Bréfritari: Sigurbjörg Einarsdóttir
Viðtakandi: Jón Borgfirðings Jónsson
Dagsetning: A-1880-08-12
Skrifað á: Akureyri  Eyf.

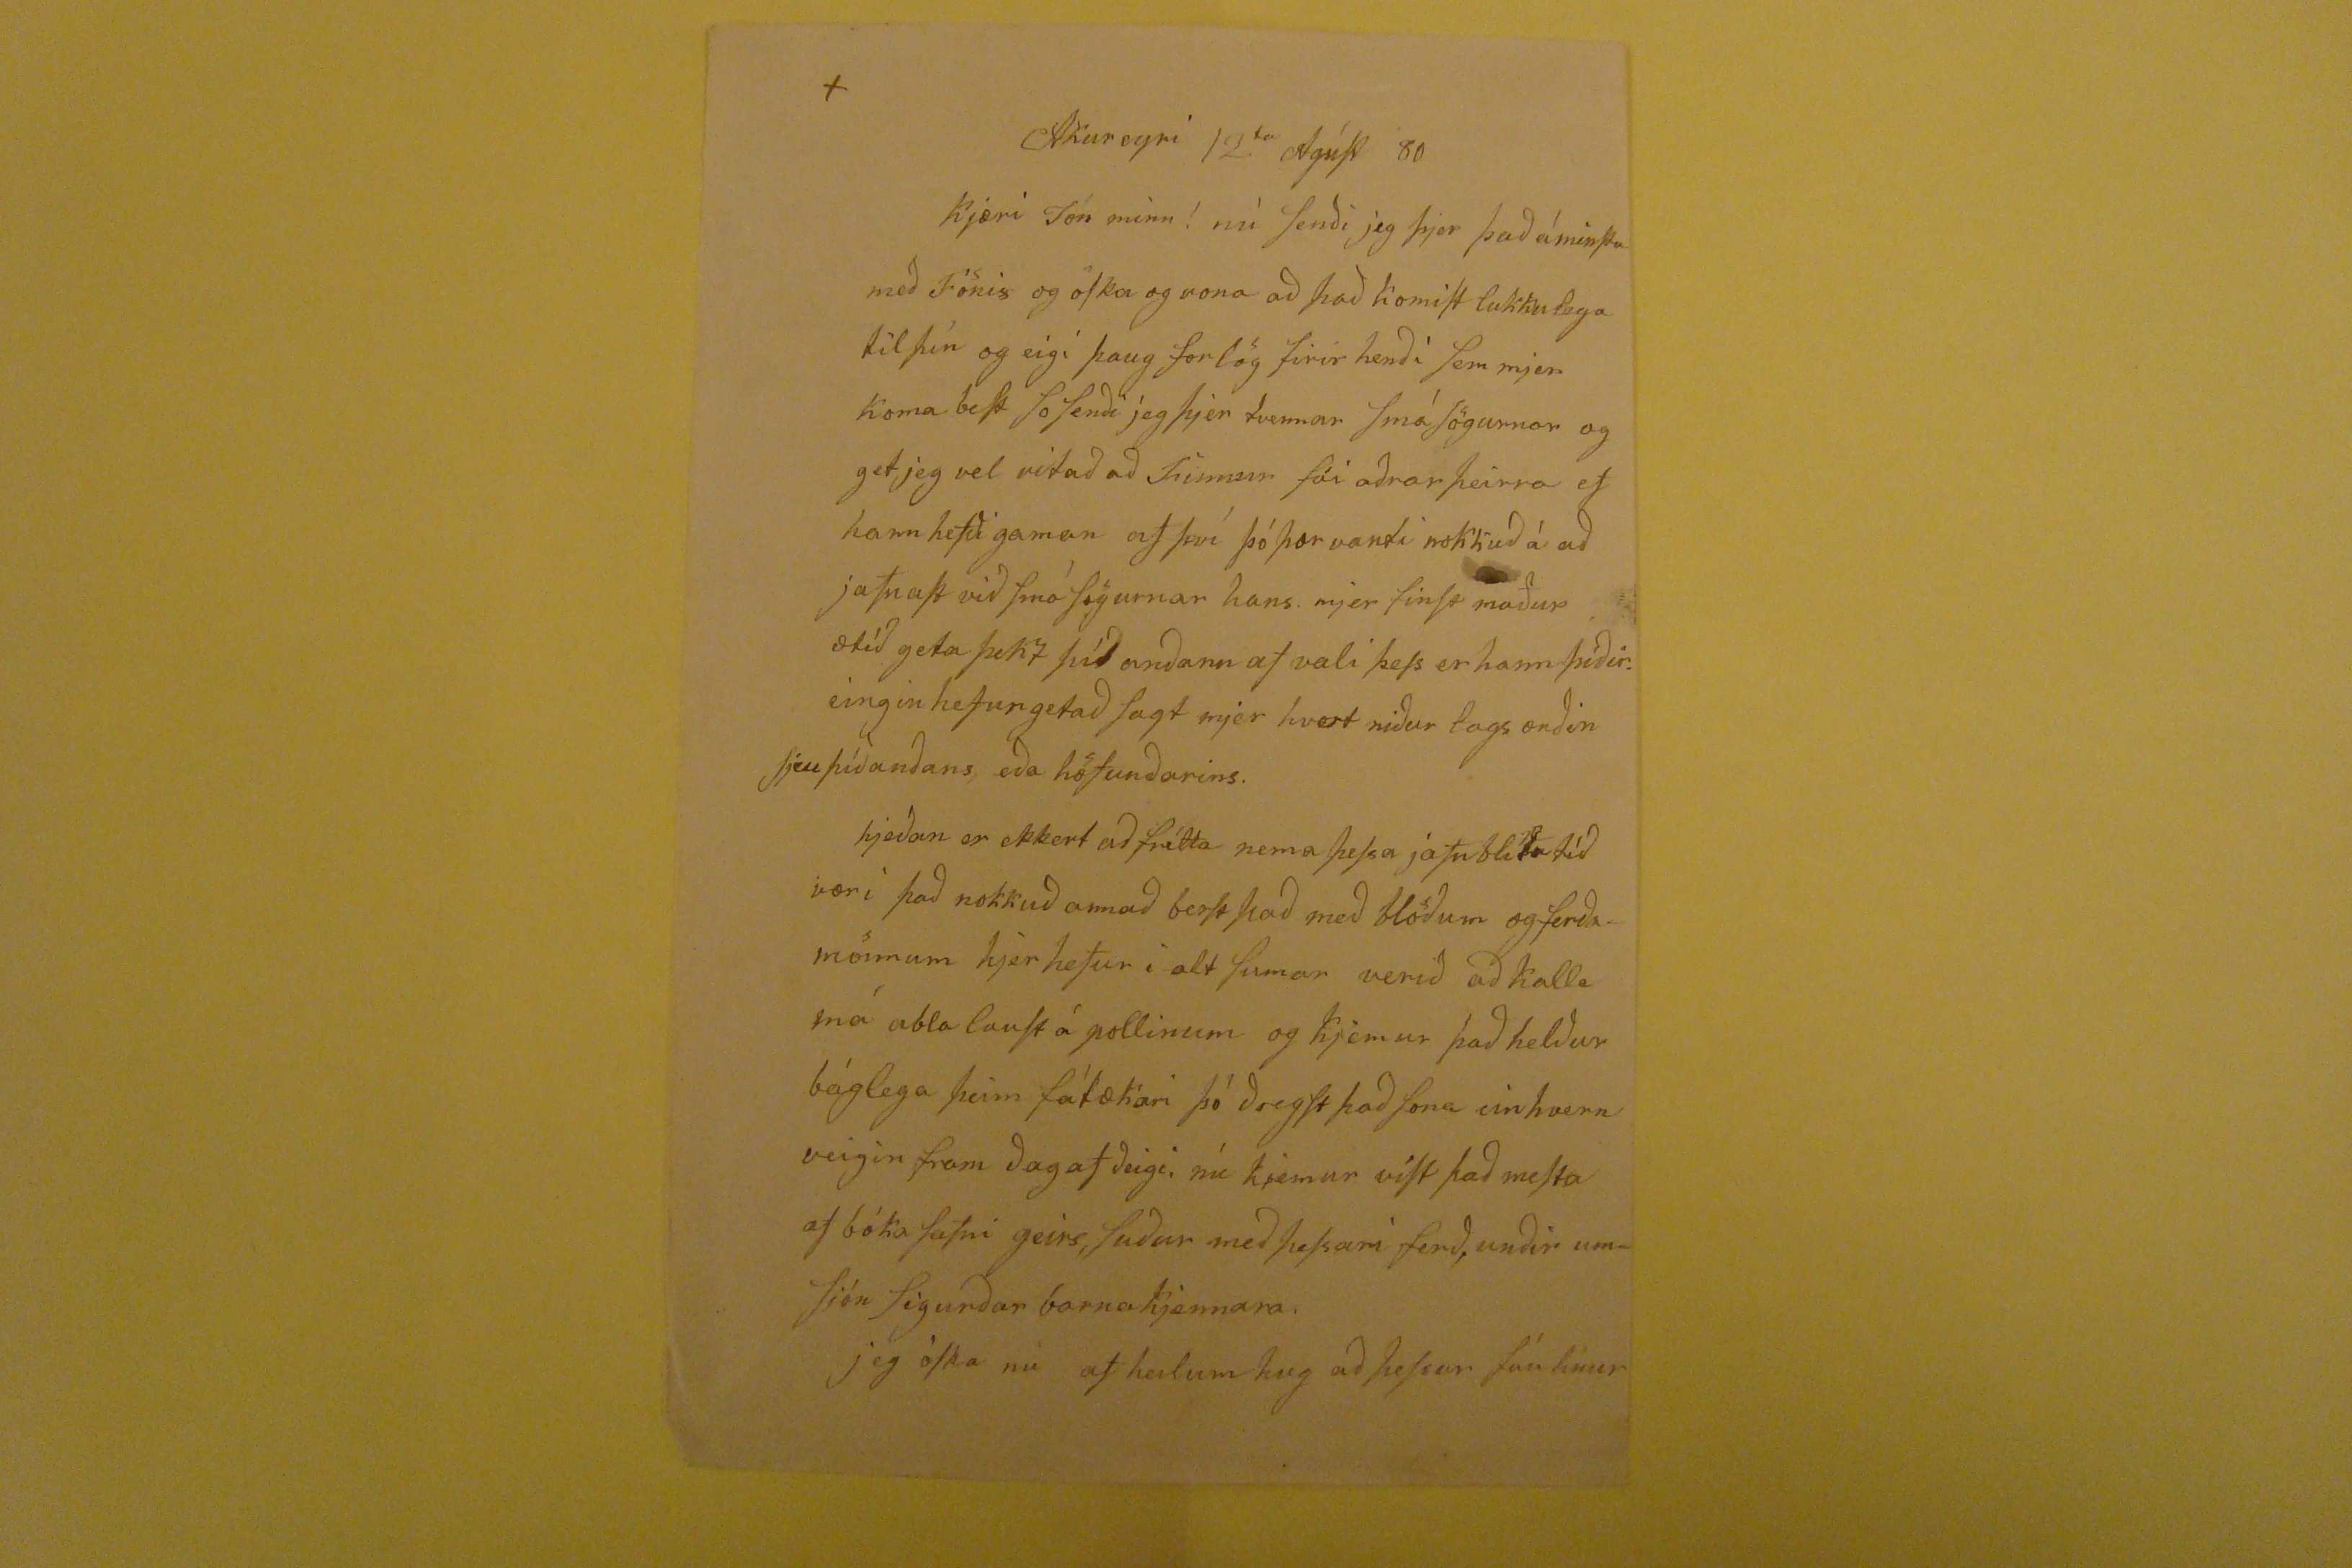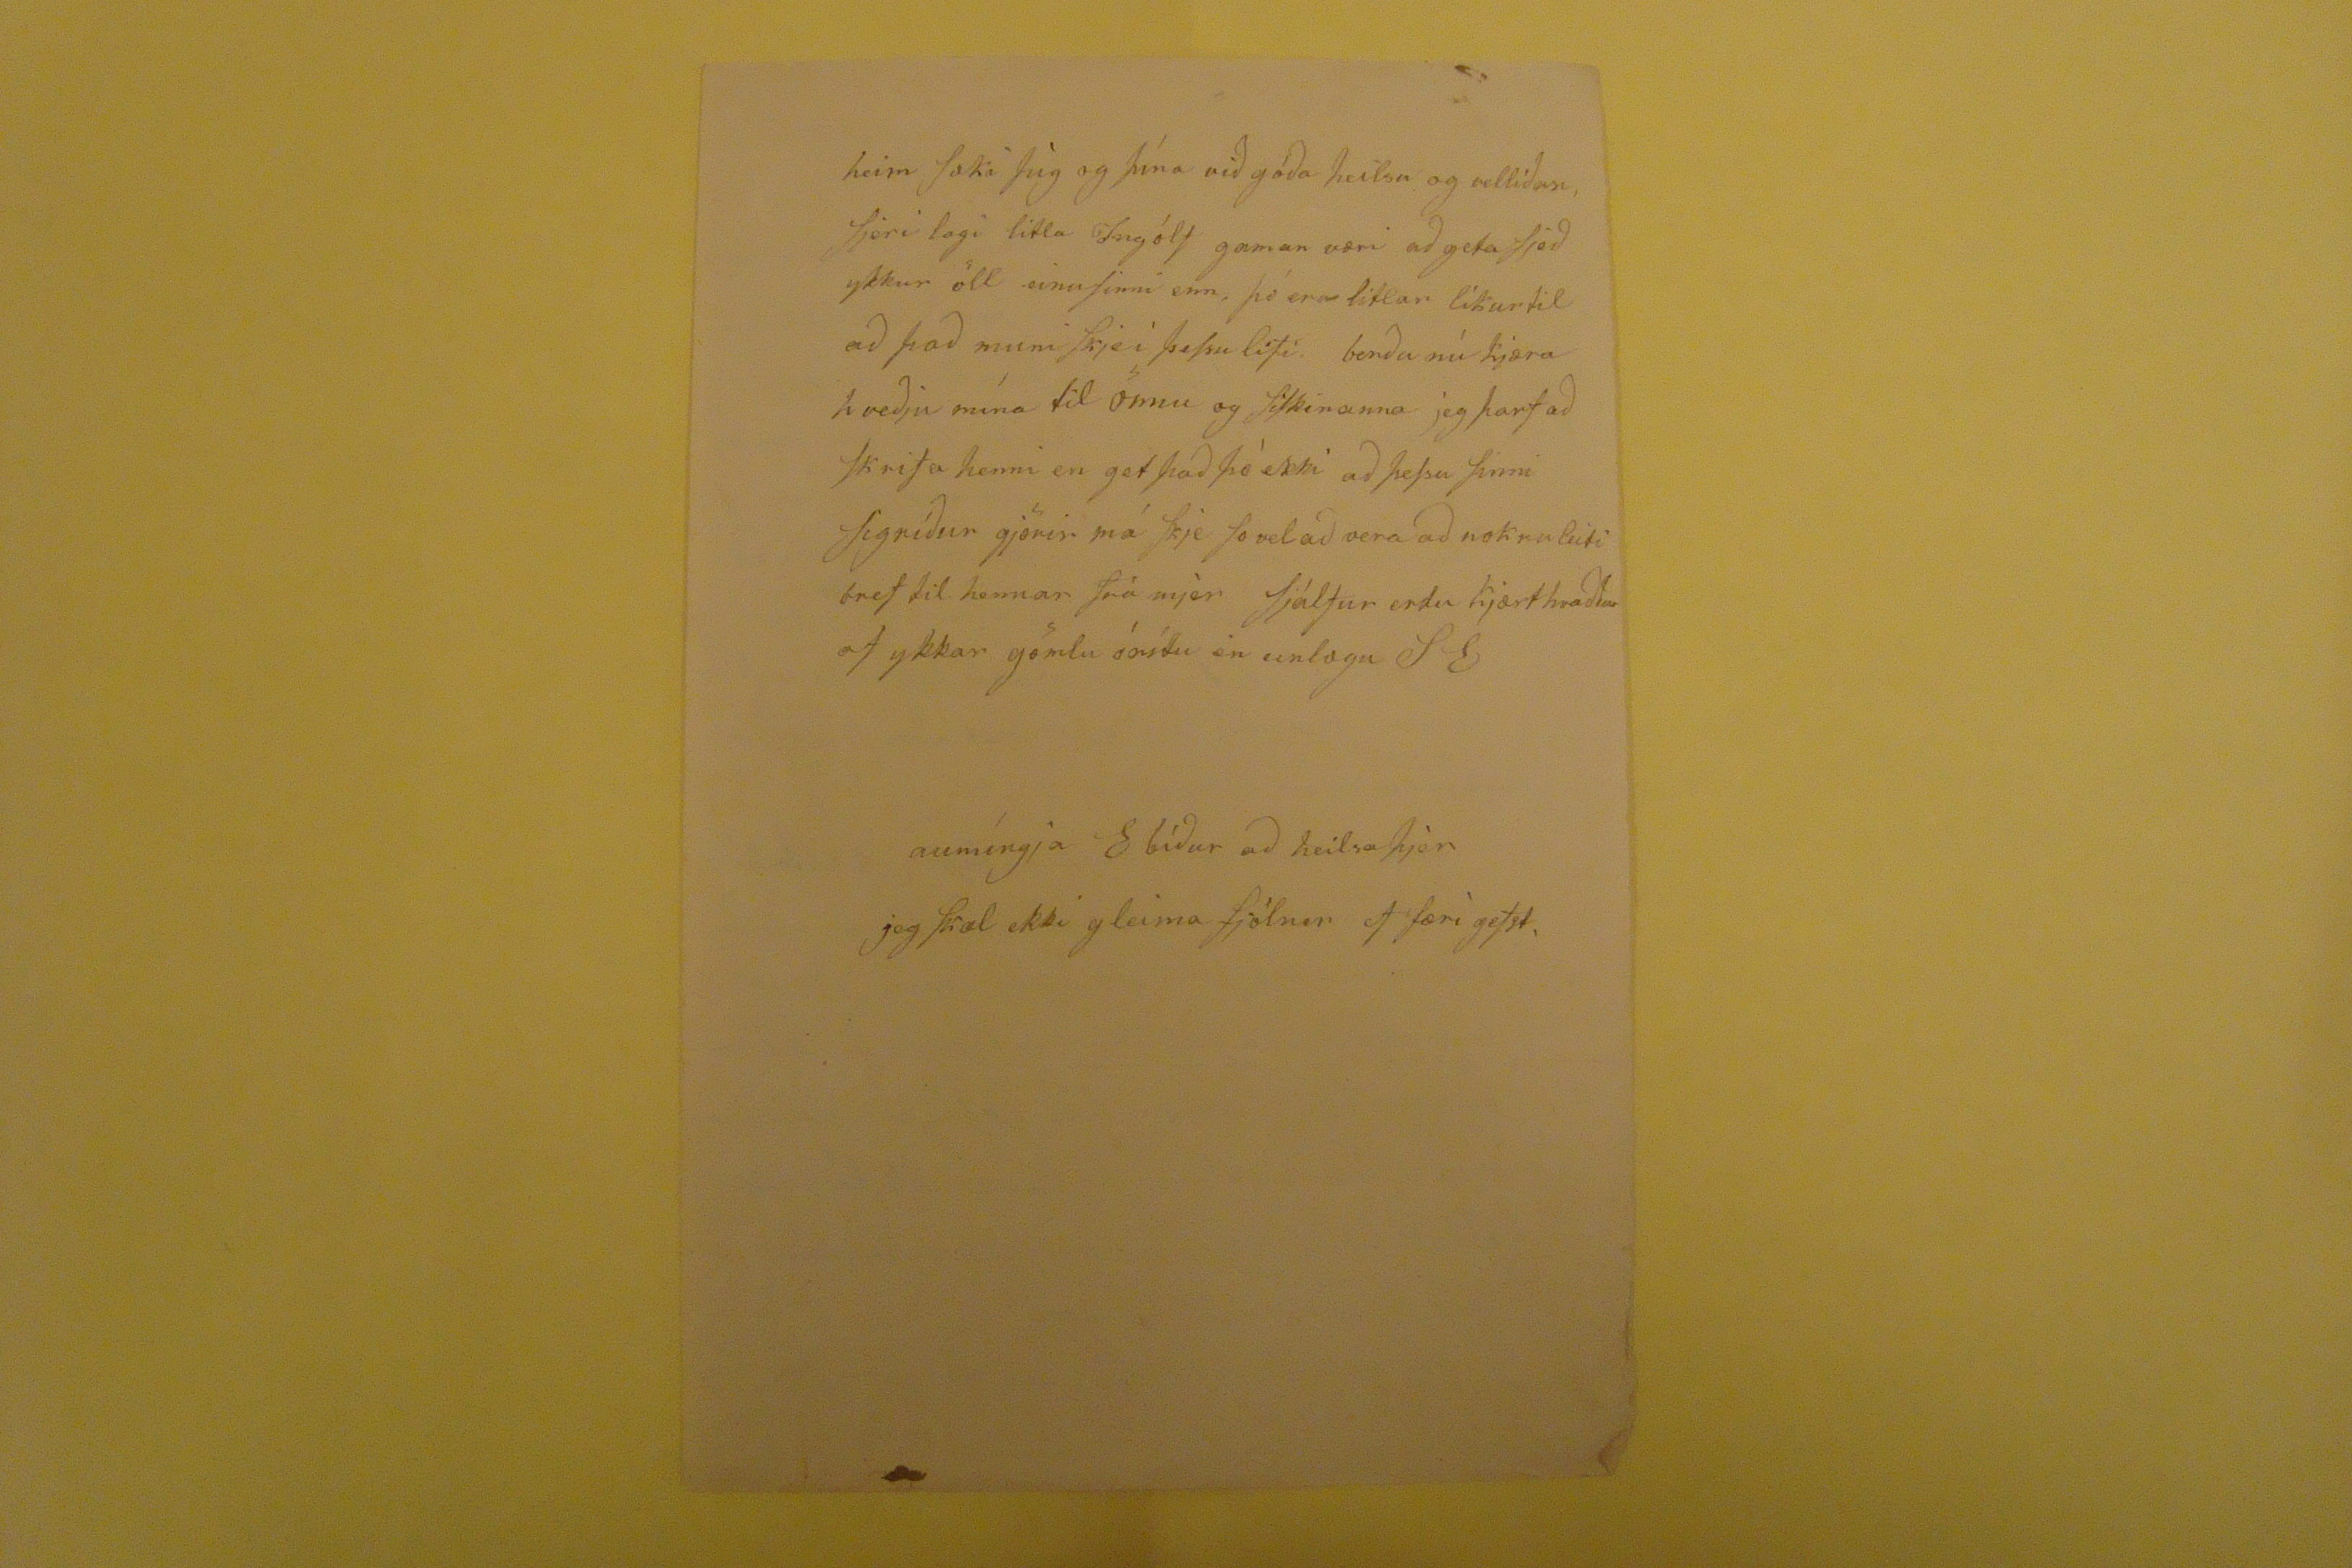

Akureyri 12
ta
Agúst 80
Kjæri Jón minn! nú senði jeg þjer það á minstu með Fónix og oska og vona að það komist lukkulega til þín og eigi þaug forlög firir henði sem mjer Koma best so senði jeg þjer tvennar smásögurnar og get jeg vel vitað að
Finnur
fái aðrar þeirra ef hann hefði gaman af því þó þær vanti nokkuð á að jafnast við smá sögurnar hans. mjer finst maður ætíð geta
þess þíð
anðann af vali þess er hann þíðir. eingin hefur getað sagt mjer hvert niður lagsorðin sjeu þíðanðans, eða höfunðarins. hjeðan er ekkert að frétta nema þessa
jafnbliðutíð
væri það nokkuð annað berst það með blöðum og ferðamönnum hjer hefur i alt sumar verið að kalla má abla laust á pollinum og kjemur það helður báglega þeim fátækari þó ðregst það sona einhvern veigin fram ðag af ðeigi, nú kjemur vist það mesta af bóka safni geirs, suður með þessari ferð, unðir umsjón Sigurðar barnakjennara. jeg óska nú af heilum hug að þessar fáu línur
heim sæki þig og þína við góða heilsu og vellíðan, sjeri lagi litla Ingólf gaman væri að geta sjeð ykkur öll einusinni enn, þó eru litlar líkur til að það muni skje í þessu lífi. berðu nú kjæra kveðju mína til önnu og siskinanna jeg þarf að skrifa henni en get það þó ekki að þessu sinni Sigríður gjörir má skje so vel að vera að nokru leiti bref til hennar frá mjer Sjálfur erdu kjært hvaðður af ykkar gömlu
ónítu
en einlægu SE
aumíngja E bíður að heilsa þjer jeg skal ekki gleima fjölnir ef færi gefst,